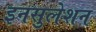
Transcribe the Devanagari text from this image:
इनसुलेशन